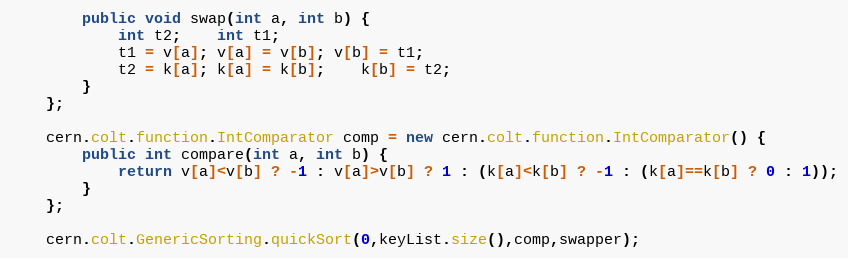
Language: Java
		public void swap(int a, int b) {
			int t2;	int t1;
			t1 = v[a]; v[a] = v[b]; v[b] = t1;
			t2 = k[a]; k[a] = k[b];	k[b] = t2;
		}
	};

	cern.colt.function.IntComparator comp = new cern.colt.function.IntComparator() {
		public int compare(int a, int b) {
			return v[a]<v[b] ? -1 : v[a]>v[b] ? 1 : (k[a]<k[b] ? -1 : (k[a]==k[b] ? 0 : 1));
		}
	};

	cern.colt.GenericSorting.quickSort(0,keyList.size(),comp,swapper);